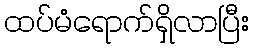
ထပ်မံရောက်ရှိလာပြီး